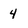
Character: 4